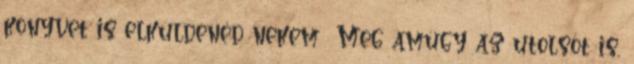
könyvet is elküldenéd nekem Meg amúgy az utolsót is,